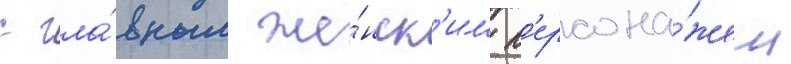
с гла́вным же́нск'им п'ерсона́жем